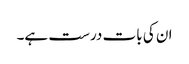
ان کی بات درست ہے۔